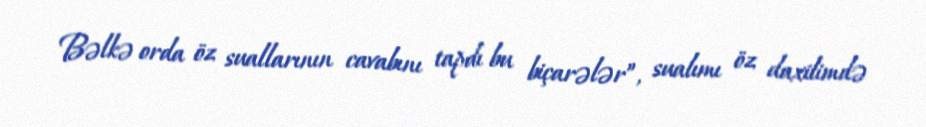
Bəlkə orda öz suallarının cavabını tapdı bu biçarələr”, sualımı öz daxilimdə